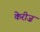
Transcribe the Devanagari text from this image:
केरीज़